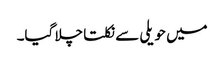
میں حویلی سے نکلتا چلا گیا۔